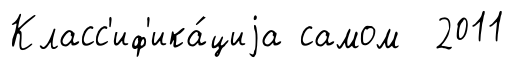
Класс'иф'ика́циjа самом 2011